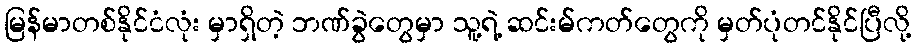
မြန်မာတစ်နိုင်ငံလုံး မှာရှိတဲ့ ဘဏ်ခွဲတွေမှာ သူ့ရဲ့ ဆင်းမ်ကတ်တွေကို မှတ်ပုံတင်နိုင်ပြီလို့